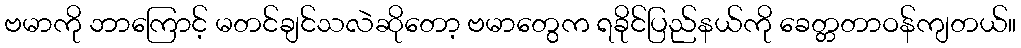
ဗမာကို ဘာကြောင့် မတင်ချင်သလဲဆိုတော့ ဗမာတွေက ရခိုင်ပြည်နယ်ကို ခေတ္တတာဝန်ကျတယ်။